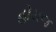
હોયજ